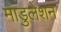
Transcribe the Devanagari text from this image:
माडुलेशन